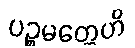
ပဉ္စမတ္တေဟိ